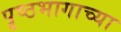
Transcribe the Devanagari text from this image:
पॄष्ठभागाच्या